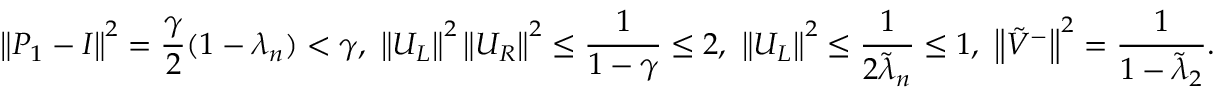
\left\Vert P _ { 1 } - I \right\Vert ^ { 2 } = \frac { \gamma } { 2 } ( 1 - \lambda _ { n } ) < \gamma , \ \left\Vert U _ { L } \right\Vert ^ { 2 } \left\Vert U _ { R } \right\Vert ^ { 2 } \leq \frac { 1 } { 1 - \gamma } \leq 2 , \ \left\Vert U _ { L } \right\Vert ^ { 2 } \leq \frac { 1 } { 2 \tilde { \lambda } _ { n } } \leq 1 , \ \left\Vert \tilde { V } ^ { - } \right\Vert ^ { 2 } = \frac { 1 } { 1 - \tilde { \lambda } _ { 2 } } .